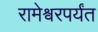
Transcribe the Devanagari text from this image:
रामेश्वरपर्यंत